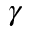
\gamma